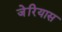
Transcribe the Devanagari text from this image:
जेरियास